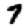
Digit: 7